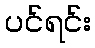
ပင်ရင်း